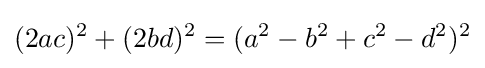
(2ac)^{2}+(2bd)^{2}=(a^{2}-b^{2}+c^{2}-d^{2})^{2}